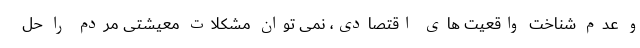
و عدم شناخت واقعیت های اقتصادی، نمی توان مشکلات معیشتی مردم را حل